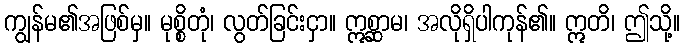
ကျွန်မ၏အဖြစ်မှ။ မုစ္စိတုံ၊ လွတ်ခြင်းငှာ။ ဣစ္ဆာမ၊ အလိုရှိပါကုန်၏။ ဣတိ၊ ဤသို့။